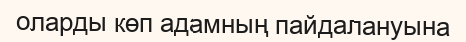
оларды көп адамның пайдалануына